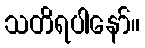
သတိရပါနော်။